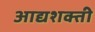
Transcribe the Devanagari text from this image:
आद्यशक्ती